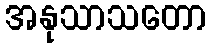
အနုသာသတော